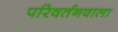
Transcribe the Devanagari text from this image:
परिवर्तनवाला